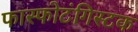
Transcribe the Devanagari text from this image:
फास्फोटंगिस्टक